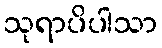
သုရာပိပါသာ